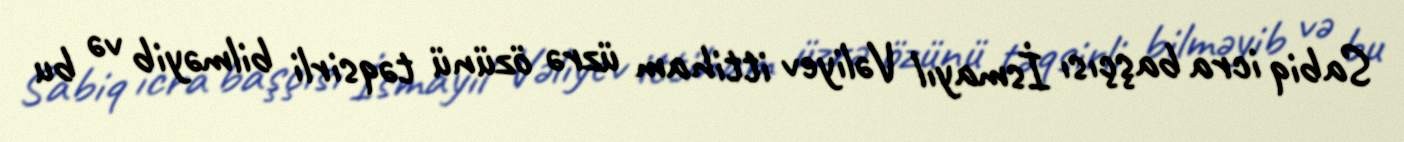
Sabiq icra başçısı İsmayıl Vəliyev ittiham üzrə özünü təqsirli bilməyib və bu